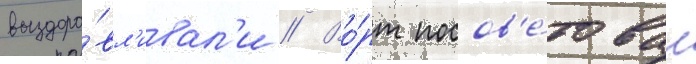
выздора́вл'ивал'и // Во́рт посов'е́товал